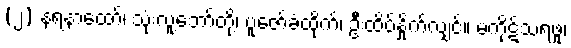
(၂) နရနာထော်၊ သုံးလူ့ဘော်တို့၊ ပူဇော်ခံထိုက်၊ ဦးထိပ်နှိုက်လျှင်။ မကိုဋ်သရဖူ၊